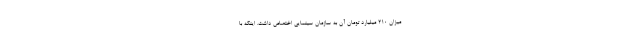
میزان ۲۱۰ میلیارد تومان آن به سازمان سینمایی اختصاص داشت. اینکه با